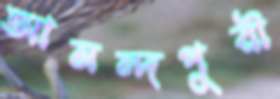
আনন্দপুরী